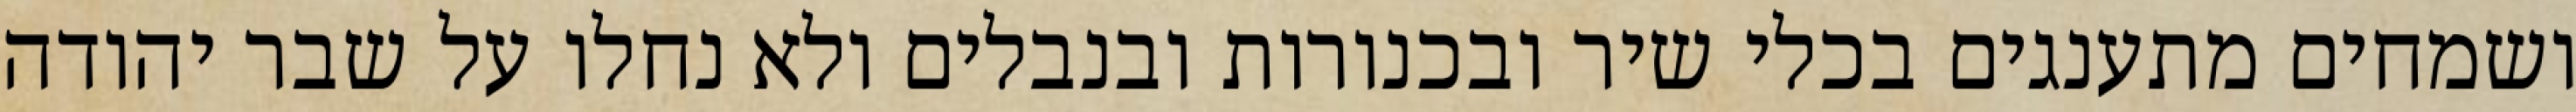
ושמחים מתענגים בכלי שיר ובכנורות ובנבלים ולא נחלו על שבר יהודה